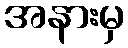
အနားမှ